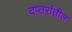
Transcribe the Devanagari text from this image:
दप्तरांतील